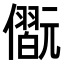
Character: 𠐢